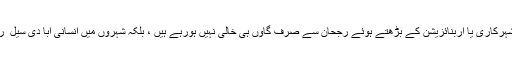
اس میں ذرہ برابر شبہ نہیں ہے کہ جدید شہرکاری یا اربنائزیشن کے بڑھتے ہوئے رجحان سے صرف گاؤں ہی خالی نہیں ہورہے ہیں ، بلکہ شہروں میں انسانی آبا دی سیل ِ رواں کی صورت اختیار کرتی جارہی ہے۔